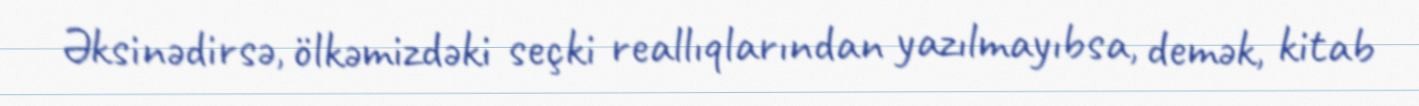
Əksinədirsə, ölkəmizdəki seçki reallıqlarından yazılmayıbsa, demək, kitab